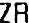
ZR